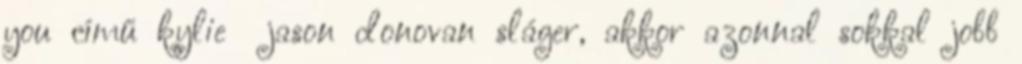
you című kylie jason donovan sláger, akkor azonnal sokkal jobb